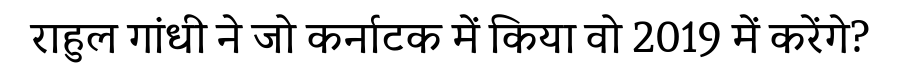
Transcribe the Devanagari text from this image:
राहुल गांधी ने जो कर्नाटक में किया वो 2019 में करेंगे?